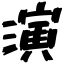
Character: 演